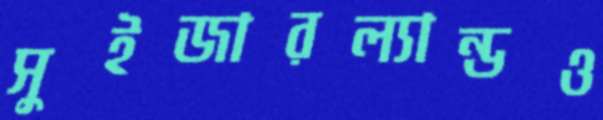
সুইজারল্যান্ডও